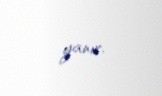
yanır.